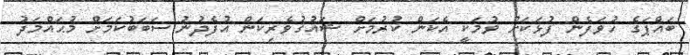
ބައްޕަގެ ހުވަފެން ފުޅަކަށް ވުމަކީ އެކަން ކުރުމަށް ޝައުޤުވެރިކަން އުފެދުނު ސަބަބުކަމަށް މުޙައްމަދު